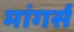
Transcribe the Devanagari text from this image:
मांगर्स